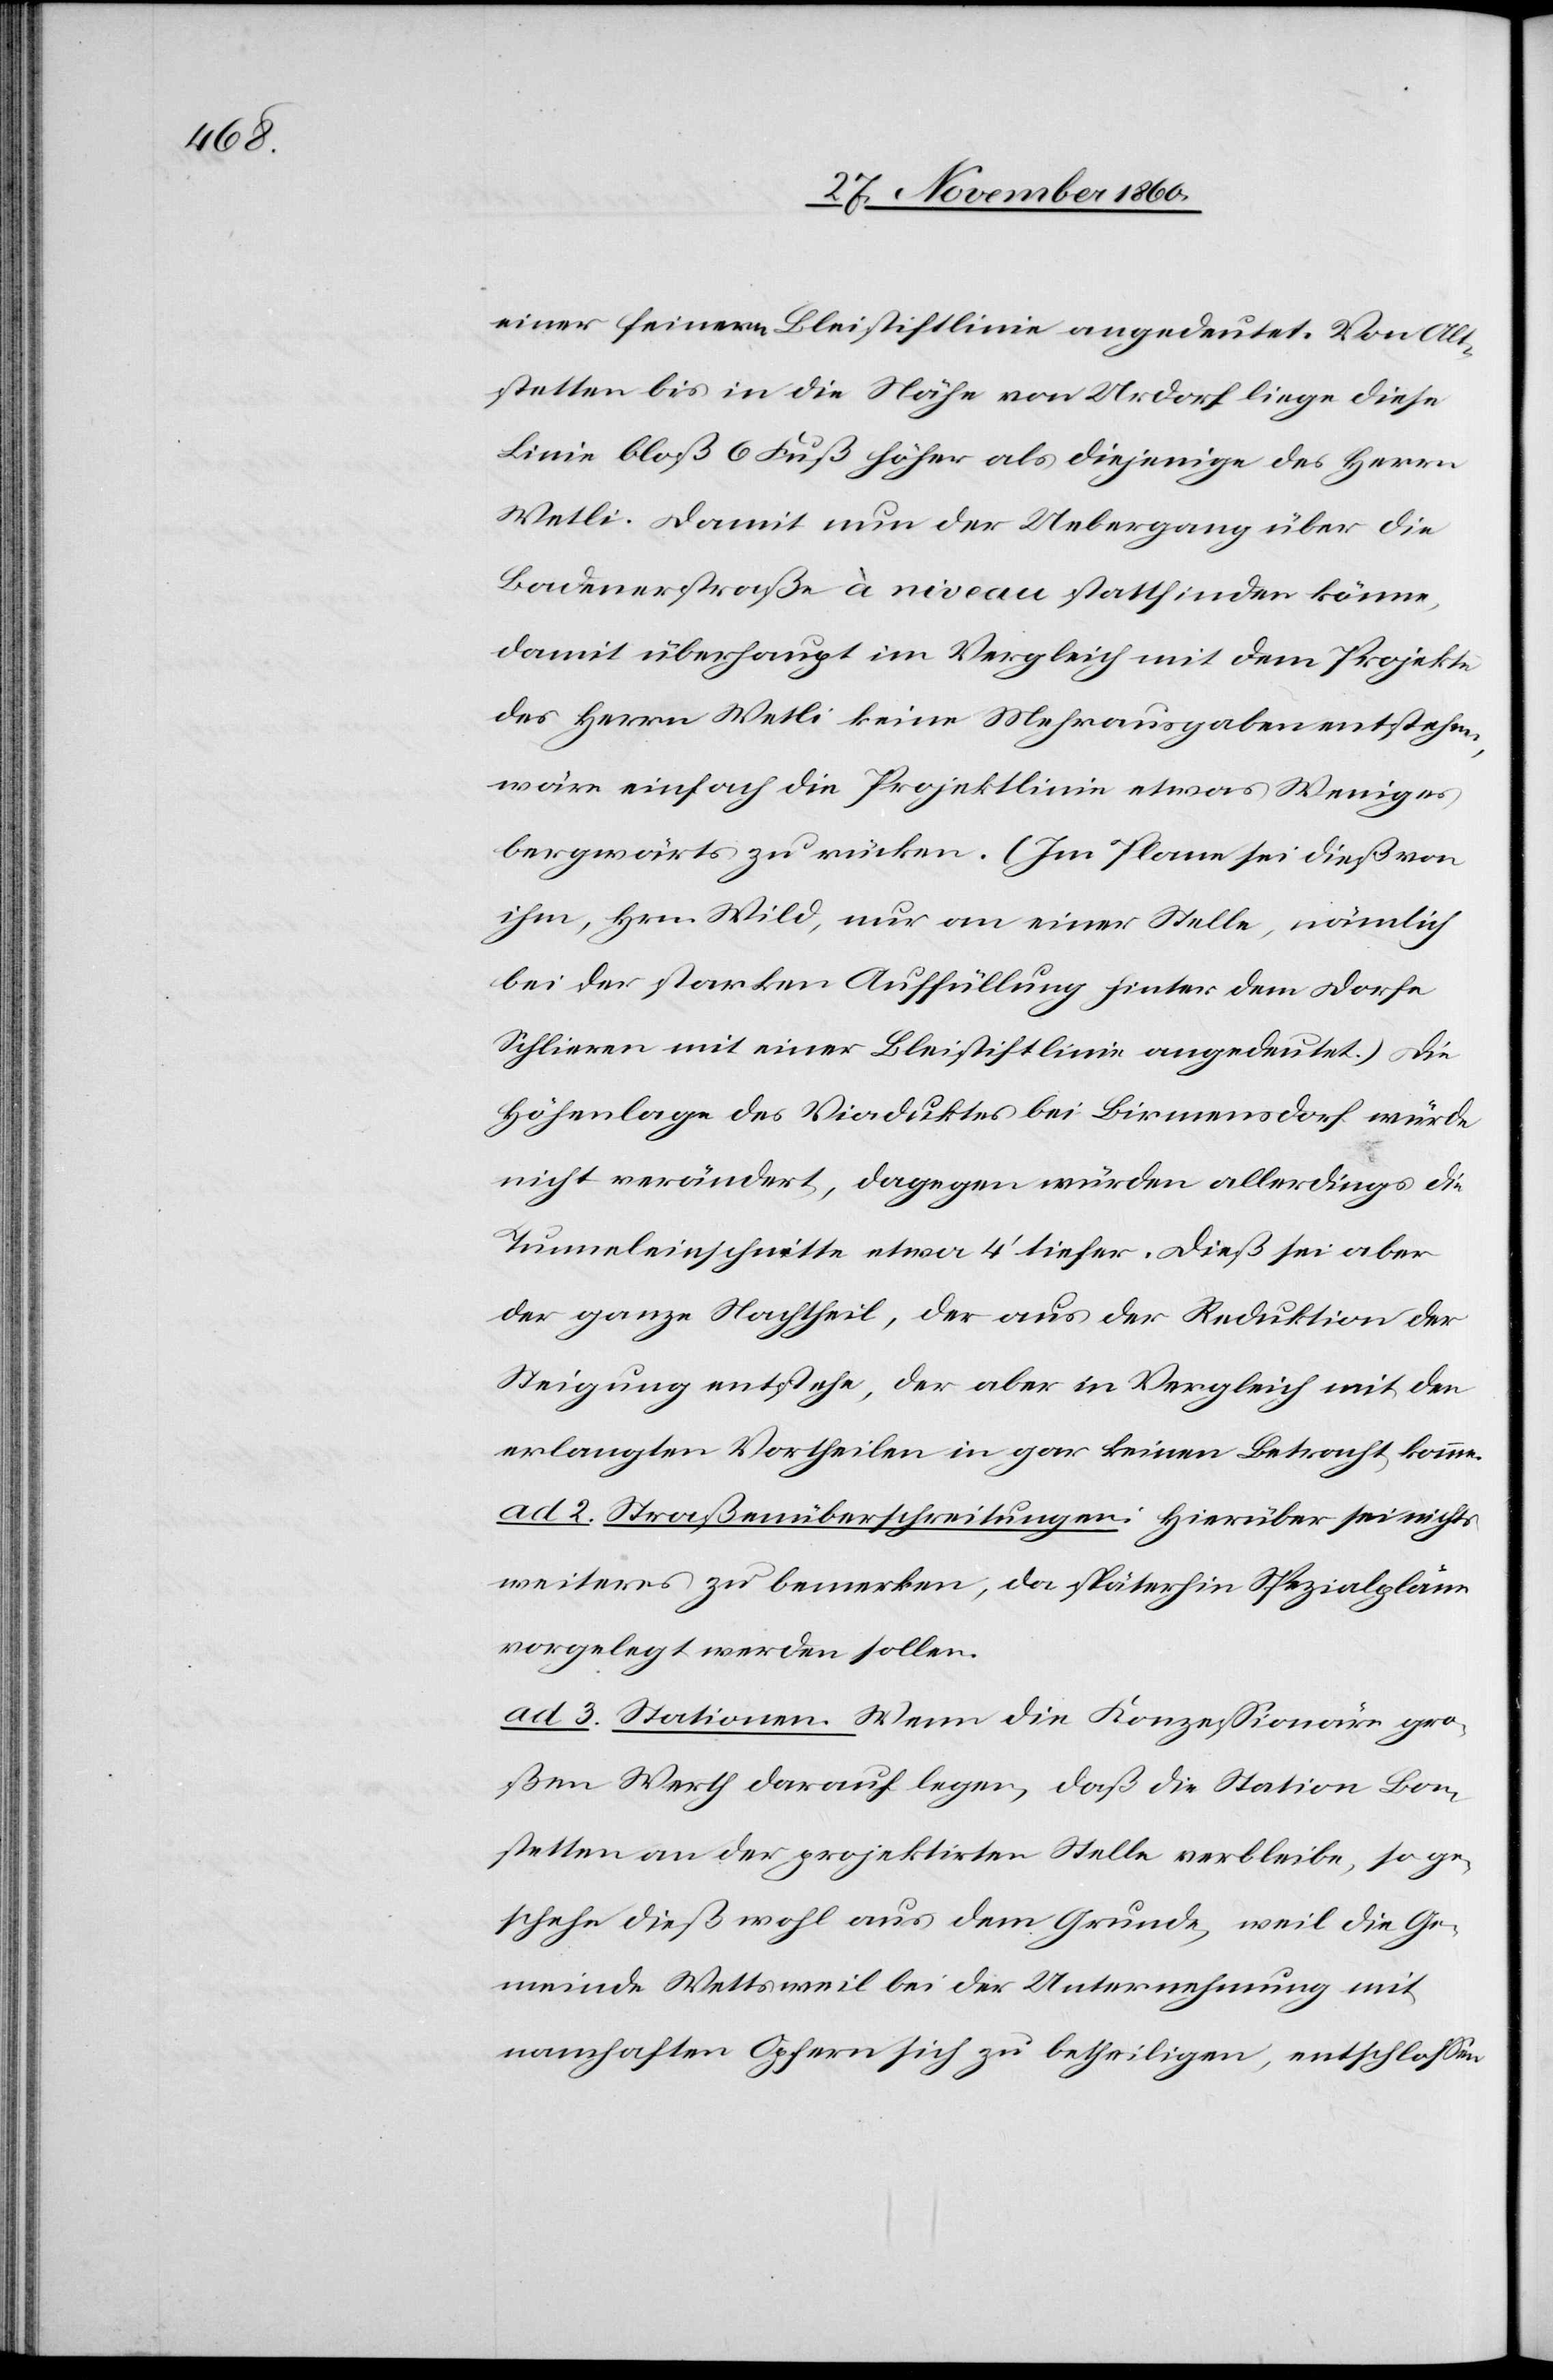
einer feinern Bleistiftlinie angedeutet.[)] Von Alt¬
stetten bis in die Nähe von Urdorf liege diese
Linie bloß 6 Fuß höher als diejenige des Herrn
Wetli. Damit nun der Uebergang über die
Badenerstraße à niveau stattfinden könne,
damit überhaupt im Vergleich mit dem Projekte
des Herrn Wetli keine Mehrausgaben entstehen,
wäre einfach die Projektlinie etwas Weniger
bergwärts zu rücken. (Im Plane sei dieß von
ihm, Hrn. Wild, nur an einer Stelle, nämlich
bei der starken Auffüllung hinter dem Dorfe
Schlieren mit einer Bleistiftlinie angedeutet.) Die
Höhenlage des Viaduktes bei Birmensdorf würde
nicht verändert, dagegen würden allerdings die
Tunneleinschnitte etwa 4’ tiefer. Dieß sei aber
der ganze Nachtheil, der aus der Reduktion der
Steigung entstehe, der aber in Vergleich mit den
erlangten Vortheilen in gar keinen Betracht komme.
ad 2. Straßenüberschreitungen: Hierüber sei nichts
weiteres zu bemerken, da späterhin Spezialpläne
vorgelegt werden sollen.
ad. 3. Stationen. Wenn die Konzessionäre gro¬
ßen Werth darauf legen, daß die Station Bon¬
stetten an der projektirten Stelle verbleibe, so ge¬
schehe dieß wohl aus dem Grunde, weil die Ge¬
meinde Wettsweil bei der Unternehmung mit
namhaften Opfern sich zu betheiligen, entschlossen